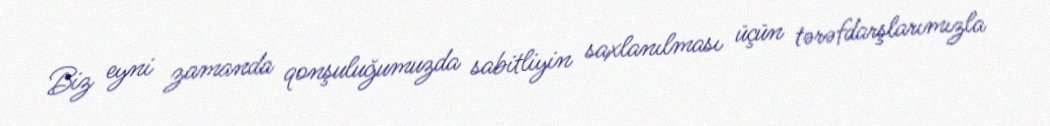
Biz eyni zamanda qonşuluğumuzda sabitliyin saxlanılması üçün tərəfdarşlarımızla